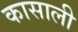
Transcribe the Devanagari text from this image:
कासाली